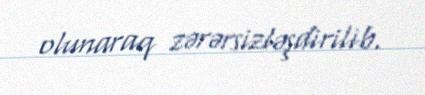
olunaraq zərərsizləşdirilib.